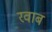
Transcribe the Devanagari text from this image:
रवाब